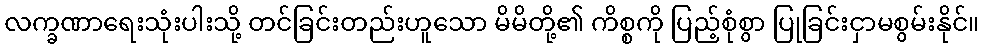
လက္ခဏာရေးသုံးပါးသို့ တင်ခြင်းတည်းဟူသော မိမိတို့၏ ကိစ္စကို ပြည့်စုံစွာ ပြုခြင်းငှာမစွမ်းနိုင်။